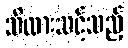
သိထားသင့်သည့်